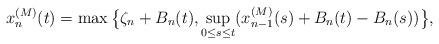
LaTeX: \begin{align*}x_n^{(M)}(t)= \max\big\{\zeta_n+B_n(t),\sup_{0\leq s \leq t}(x_{n-1}^{(M)}(s)+B_n(t)-B_n(s))\big\},\end{align*}